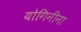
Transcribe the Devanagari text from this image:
योगिनींना